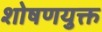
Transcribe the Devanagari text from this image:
शोषणयुक्त